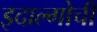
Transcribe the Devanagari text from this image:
इदाल्गोची